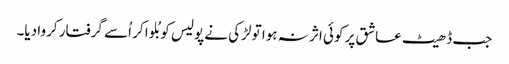
جب ڈھیٹ عاشق پر کوئی اثر نہ ہوا تو لڑکی نے پولیس کو بُلوا کر اُسے گرفتار کروا دیا۔